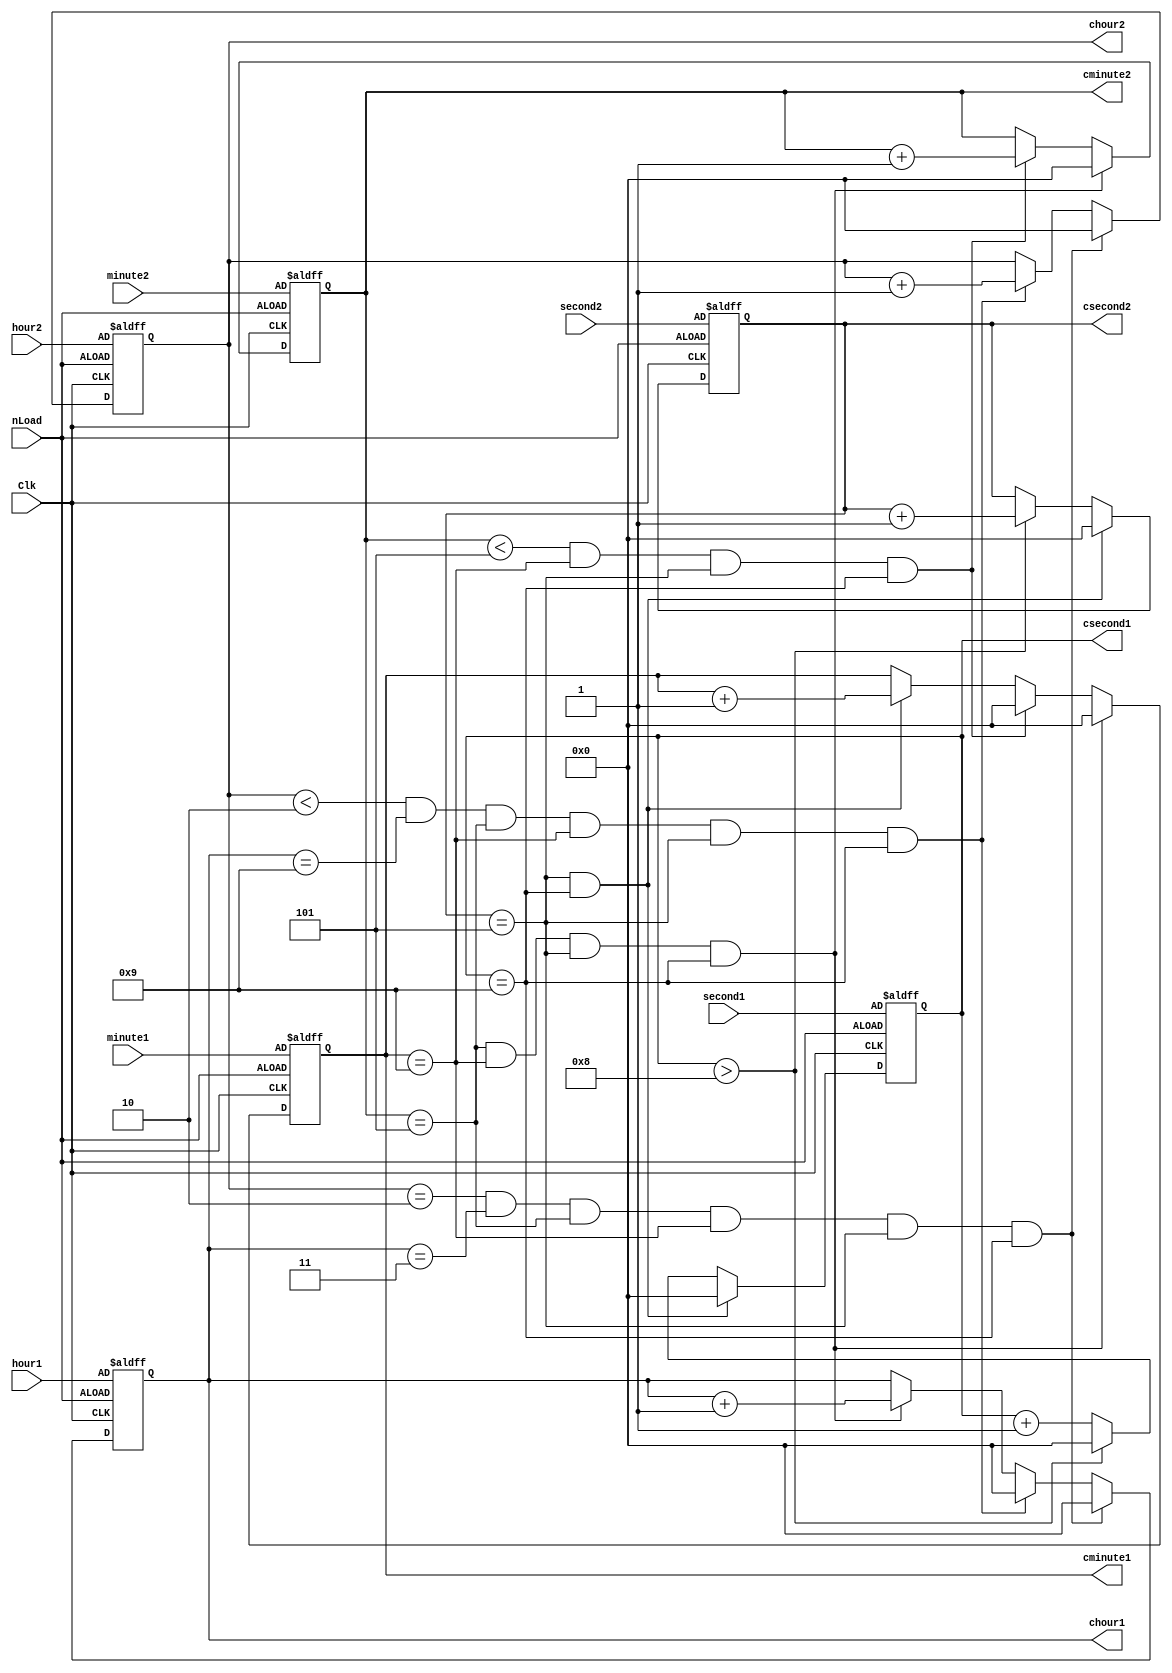
module run_clock (nLoad, Clk, hour2, hour1, minute2, minute1, second2, second1, 
						chour2, chour1, cminute2, cminute1, csecond2, csecond1);
	input Clk, nLoad;
	input [3:0] hour2, hour1, minute2, minute1, second2, second1;
	output reg [3:0] chour2, chour1, cminute2, cminute1, csecond2, csecond1;
	always @ (posedge Clk, negedge nLoad)
	begin
	if (~nLoad)
	begin
		chour2 <= hour2; chour1 <= hour1; cminute2 <= minute2; cminute1 <= minute1; csecond2 <= second2; csecond1 <= second1;
	end
	else
	begin
	csecond1 <= csecond1 + 1;
	if (csecond1 > 8)
		begin
		csecond2 <= csecond2 + 1;
		csecond1 <= 0;
		end
	if ((csecond2 == 5)&(csecond1 == 9))
		begin
		cminute1 <= cminute1 + 1;
		csecond2 <= 0;
		csecond1 <= 0;
		end
	if ((cminute2 < 5) & (cminute1 == 9) & (csecond2 == 5) & (csecond1 == 9))
		begin
		cminute2 <= cminute2 + 1;
		cminute1 <= 0;
		end
	if ((cminute2 == 5)&(cminute1 == 9)&(csecond2 == 5)&(csecond1 == 9))
		begin
		chour1 <= chour1 + 1;
		cminute2 <= 0;
		cminute1 <= 0;
		end
	if ((chour2 < 2) & (chour1 == 9) & (cminute2 == 5) & (cminute1 == 9) & (csecond2 == 5) & (csecond1 == 9))
			begin
			chour2 <= chour2 + 1;
			chour1 <= 0;
			end
	if ((chour2 == 2)&(chour1 == 3)&(cminute2 == 5)&(cminute1 == 9)&(csecond2==5)&(csecond1==9))
		begin
		chour2 <= 0;
		chour1 <= 0;
		end
	end
	end
endmodule